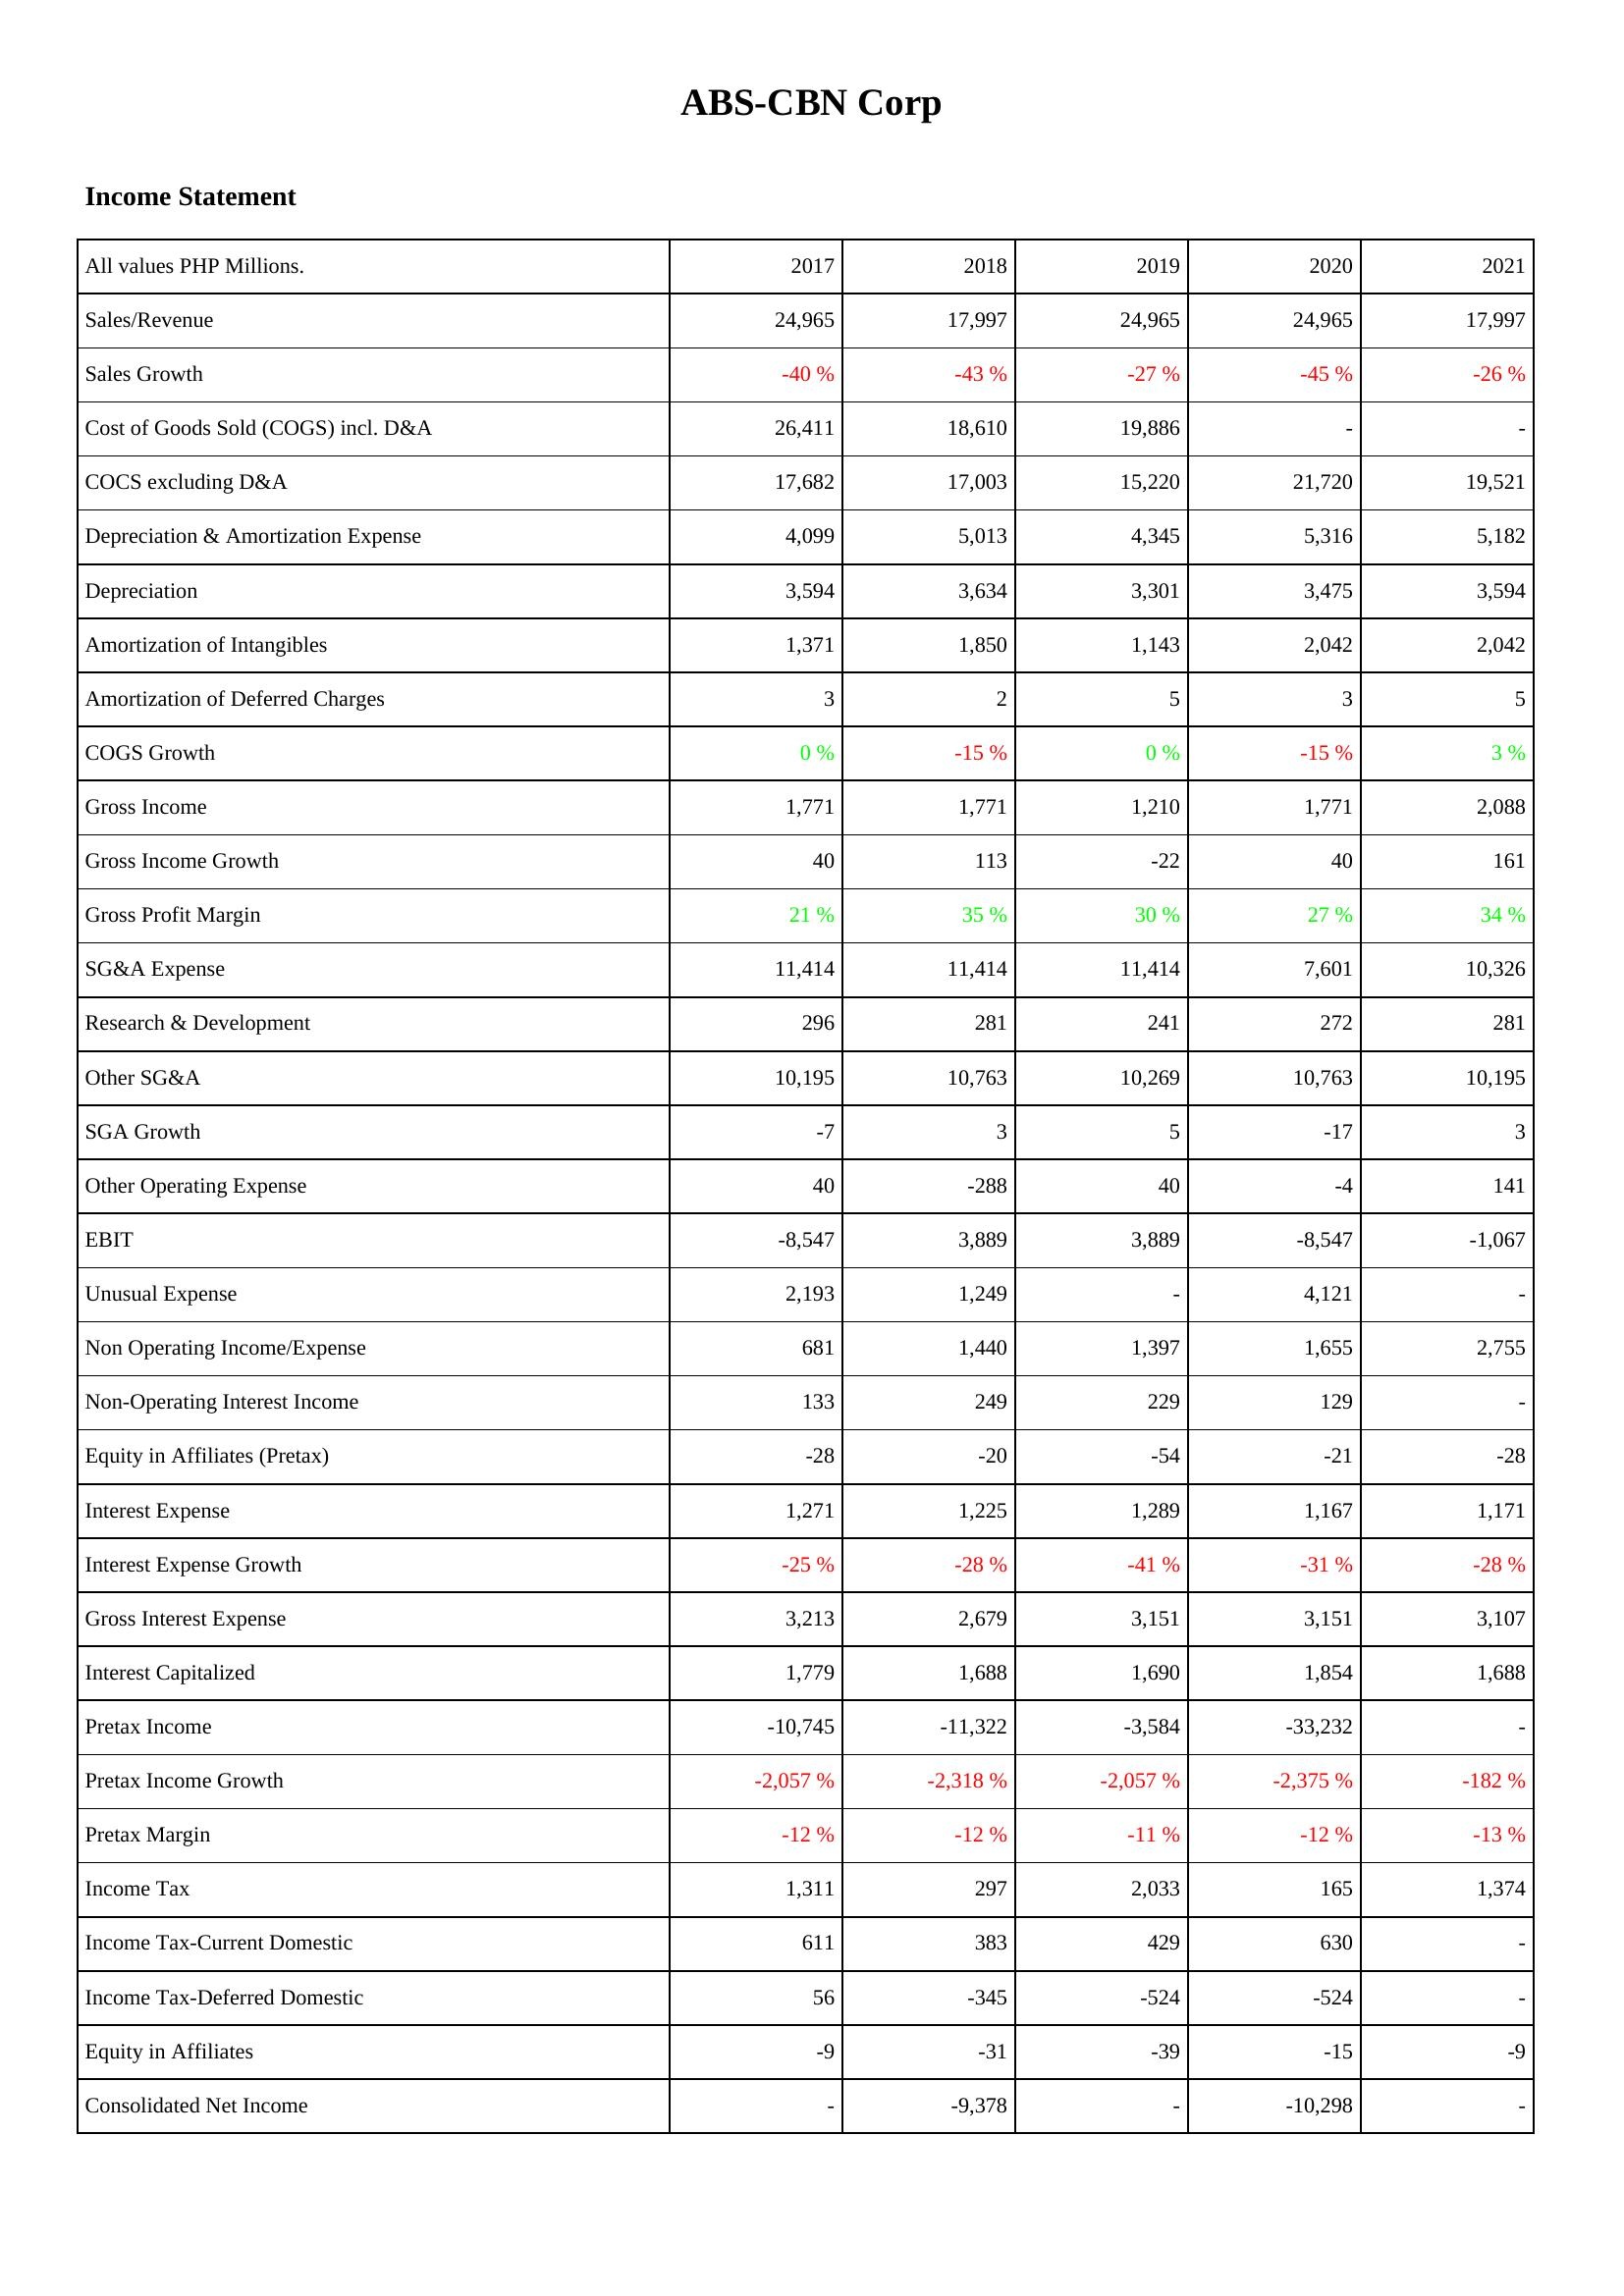
2017: Income Statement: Sales/Revenue: 24,965
Sales Growth: -40 %
Cost of Goods Sold (COGS) incl. D&A: 26,411
COCS excluding D&A: 17,682
Depreciation & Amortization Expense: 4,099
Depreciation: 3,594
Amortization of Intangibles: 1,371
Amortization of Deferred Charges: 3
COGS Growth: 0 %
Gross Income: 1,771
Gross Income Growth: 40
Gross Profit Margin: 21 %
SG&A Expense: 11,414
Research & Development: 296
Other SG&A: 10,195
SGA Growth: -7
Other Operating Expense: 40
EBIT: -8,547
Unusual Expense: 2,193
Non Operating Income/Expense: 681
Non-Operating Interest Income: 133
Equity in Affiliates (Pretax): -28
Interest Expense: 1,271
Interest Expense Growth: -25 %
Gross Interest Expense: 3,213
Interest Capitalized: 1,779
Pretax Income: -10,745
Pretax Income Growth: -2,057 %
Pretax Margin: -12 %
Income Tax: 1,311
Income Tax-Current Domestic: 611
Income Tax-Deferred Domestic: 56
Equity in Affiliates: -9
Consolidated Net Income: -
2018: Income Statement: Sales/Revenue: 17,997
Sales Growth: -43 %
Cost of Goods Sold (COGS) incl. D&A: 18,610
COCS excluding D&A: 17,003
Depreciation & Amortization Expense: 5,013
Depreciation: 3,634
Amortization of Intangibles: 1,850
Amortization of Deferred Charges: 2
COGS Growth: -15 %
Gross Income: 1,771
Gross Income Growth: 113
Gross Profit Margin: 35 %
SG&A Expense: 11,414
Research & Development: 281
Other SG&A: 10,763
SGA Growth: 3
Other Operating Expense: -288
EBIT: 3,889
Unusual Expense: 1,249
Non Operating Income/Expense: 1,440
Non-Operating Interest Income: 249
Equity in Affiliates (Pretax): -20
Interest Expense: 1,225
Interest Expense Growth: -28 %
Gross Interest Expense: 2,679
Interest Capitalized: 1,688
Pretax Income: -11,322
Pretax Income Growth: -2,318 %
Pretax Margin: -12 %
Income Tax: 297
Income Tax-Current Domestic: 383
Income Tax-Deferred Domestic: -345
Equity in Affiliates: -31
Consolidated Net Income: -9,378
2019: Income Statement: Sales/Revenue: 24,965
Sales Growth: -27 %
Cost of Goods Sold (COGS) incl. D&A: 19,886
COCS excluding D&A: 15,220
Depreciation & Amortization Expense: 4,345
Depreciation: 3,301
Amortization of Intangibles: 1,143
Amortization of Deferred Charges: 5
COGS Growth: 0 %
Gross Income: 1,210
Gross Income Growth: -22
Gross Profit Margin: 30 %
SG&A Expense: 11,414
Research & Development: 241
Other SG&A: 10,269
SGA Growth: 5
Other Operating Expense: 40
EBIT: 3,889
Unusual Expense: -
Non Operating Income/Expense: 1,397
Non-Operating Interest Income: 229
Equity in Affiliates (Pretax): -54
Interest Expense: 1,289
Interest Expense Growth: -41 %
Gross Interest Expense: 3,151
Interest Capitalized: 1,690
Pretax Income: -3,584
Pretax Income Growth: -2,057 %
Pretax Margin: -11 %
Income Tax: 2,033
Income Tax-Current Domestic: 429
Income Tax-Deferred Domestic: -524
Equity in Affiliates: -39
Consolidated Net Income: -
2020: Income Statement: Sales/Revenue: 24,965
Sales Growth: -45 %
Cost of Goods Sold (COGS) incl. D&A: -
COCS excluding D&A: 21,720
Depreciation & Amortization Expense: 5,316
Depreciation: 3,475
Amortization of Intangibles: 2,042
Amortization of Deferred Charges: 3
COGS Growth: -15 %
Gross Income: 1,771
Gross Income Growth: 40
Gross Profit Margin: 27 %
SG&A Expense: 7,601
Research & Development: 272
Other SG&A: 10,763
SGA Growth: -17
Other Operating Expense: -4
EBIT: -8,547
Unusual Expense: 4,121
Non Operating Income/Expense: 1,655
Non-Operating Interest Income: 129
Equity in Affiliates (Pretax): -21
Interest Expense: 1,167
Interest Expense Growth: -31 %
Gross Interest Expense: 3,151
Interest Capitalized: 1,854
Pretax Income: -33,232
Pretax Income Growth: -2,375 %
Pretax Margin: -12 %
Income Tax: 165
Income Tax-Current Domestic: 630
Income Tax-Deferred Domestic: -524
Equity in Affiliates: -15
Consolidated Net Income: -10,298
2021: Income Statement: Sales/Revenue: 17,997
Sales Growth: -26 %
Cost of Goods Sold (COGS) incl. D&A: -
COCS excluding D&A: 19,521
Depreciation & Amortization Expense: 5,182
Depreciation: 3,594
Amortization of Intangibles: 2,042
Amortization of Deferred Charges: 5
COGS Growth: 3 %
Gross Income: 2,088
Gross Income Growth: 161
Gross Profit Margin: 34 %
SG&A Expense: 10,326
Research & Development: 281
Other SG&A: 10,195
SGA Growth: 3
Other Operating Expense: 141
EBIT: -1,067
Unusual Expense: -
Non Operating Income/Expense: 2,755
Non-Operating Interest Income: -
Equity in Affiliates (Pretax): -28
Interest Expense: 1,171
Interest Expense Growth: -28 %
Gross Interest Expense: 3,107
Interest Capitalized: 1,688
Pretax Income: -
Pretax Income Growth: -182 %
Pretax Margin: -13 %
Income Tax: 1,374
Income Tax-Current Domestic: -
Income Tax-Deferred Domestic: -
Equity in Affiliates: -9
Consolidated Net Income: -